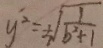
y ^ { 2 } = \sqrt { \frac { 1 } { b ^ { 2 } + 1 } }